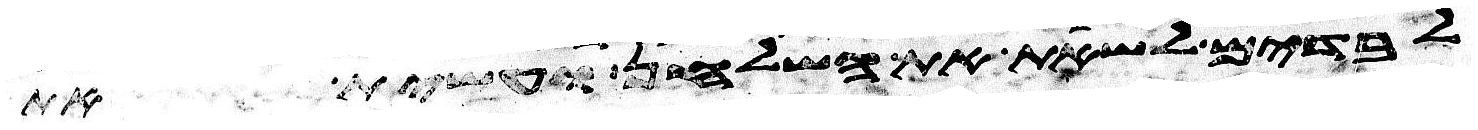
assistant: לבדים לשאת את השלחן ועשית את